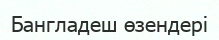
Бангладеш өзендері